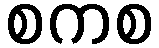
စကစ